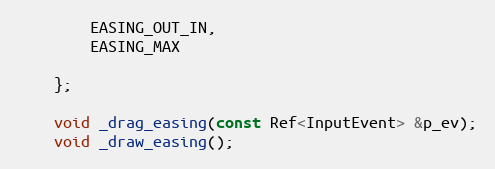
Language: C
		EASING_OUT_IN,
		EASING_MAX

	};

	void _drag_easing(const Ref<InputEvent> &p_ev);
	void _draw_easing();